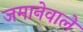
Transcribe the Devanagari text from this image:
जमानेवाले